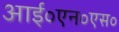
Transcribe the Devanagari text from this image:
आई०एन०एस०